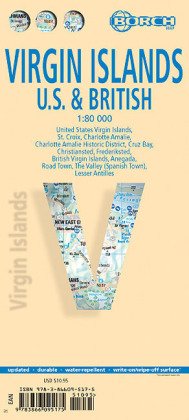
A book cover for Berndtson & Berndtson Virgin Islands Map; Berndtson & Berndtson; Travel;